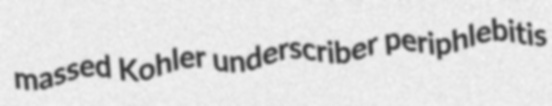
massed Kohler underscriber periphlebitis